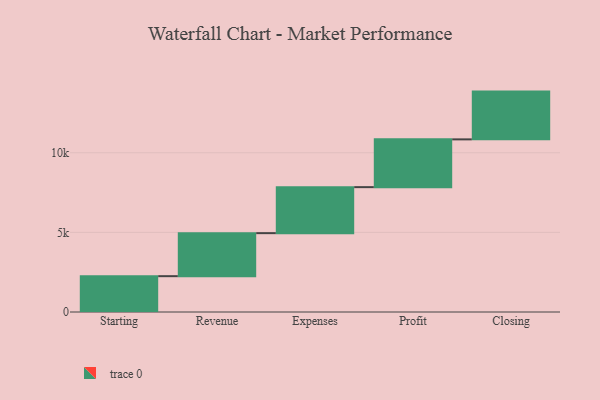
{"axis": {"x": "Step", "y": "Value"}, "legend": [""], "data": [{"x": "Starting", "y": 2250.0, "type": ""}, {"x": "Revenue", "y": 2702.0, "type": ""}, {"x": "Expenses", "y": 2890.0, "type": ""}, {"x": "Profit", "y": 3000, "type": ""}, {"x": "Closing", "y": 3000, "type": ""}]}